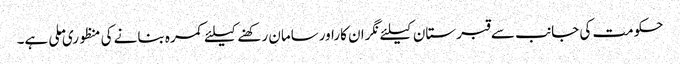
حکومت کی جانب سے قبرستان کیلئے نگران کاراورسامان رکھنے کیلئے کمرہ بنانے کی منظوری ملی ہے۔